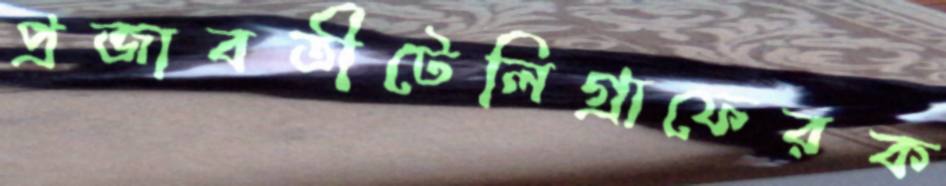
প্রজাবতীটেলিগ্রাফেরক